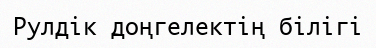
Рулдік доңгелектің білігі